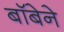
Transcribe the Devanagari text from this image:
बॉबेने